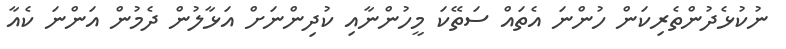
ނުކުޅެދުންތެރިކަން ހުންނަ އެތައް ސަތޭކަ މީހުންނާއި ކުދިންނަށް އަޅާލުން ދެމުން އަންނަ ކެއާ